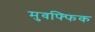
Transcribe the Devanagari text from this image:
मुवफ्फिक